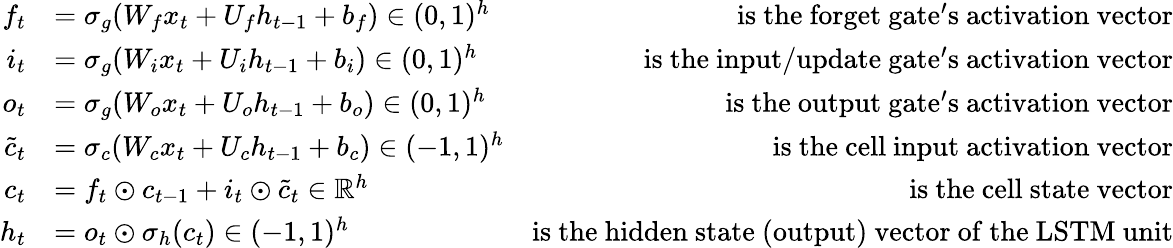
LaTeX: \begin{array}{rlr}{f_{t}}&{=\sigma_{g}(W_{f}x_{t}+U_{f}h_{t-1}+b_{f})\in(0,1)^{h}}&{\mathrm{is~the~forget~gate's~activation~vector}}\\ {i_{t}}&{=\sigma_{g}(W_{i}x_{t}+U_{i}h_{t-1}+b_{i})\in(0,1)^{h}}&{\mathrm{is~the~input/update~gate's~activation~vector}}\\ {o_{t}}&{=\sigma_{g}(W_{o}x_{t}+U_{o}h_{t-1}+b_{o})\in(0,1)^{h}}&{\mathrm{is~the~output~gate's~activation~vector}}\\ {\tilde{c}_{t}}&{=\sigma_{c}(W_{c}x_{t}+U_{c}h_{t-1}+b_{c})\in(-1,1)^{h}}&{\mathrm{is~the~cell~input~activation~vector}}\\ {c_{t}}&{=f_{t}\odot c_{t-1}+i_{t}\odot\tilde{c}_{t}\in\mathbb{R}^{h}}&{\mathrm{is~the~cell~state~vector}}\\ {h_{t}}&{=o_{t}\odot\sigma_{h}(c_{t})\in(-1,1)^{h}}&{\mathrm{is~the~hidden~state~(output)~vector~of~the~LSTM~unit}}\end{array}